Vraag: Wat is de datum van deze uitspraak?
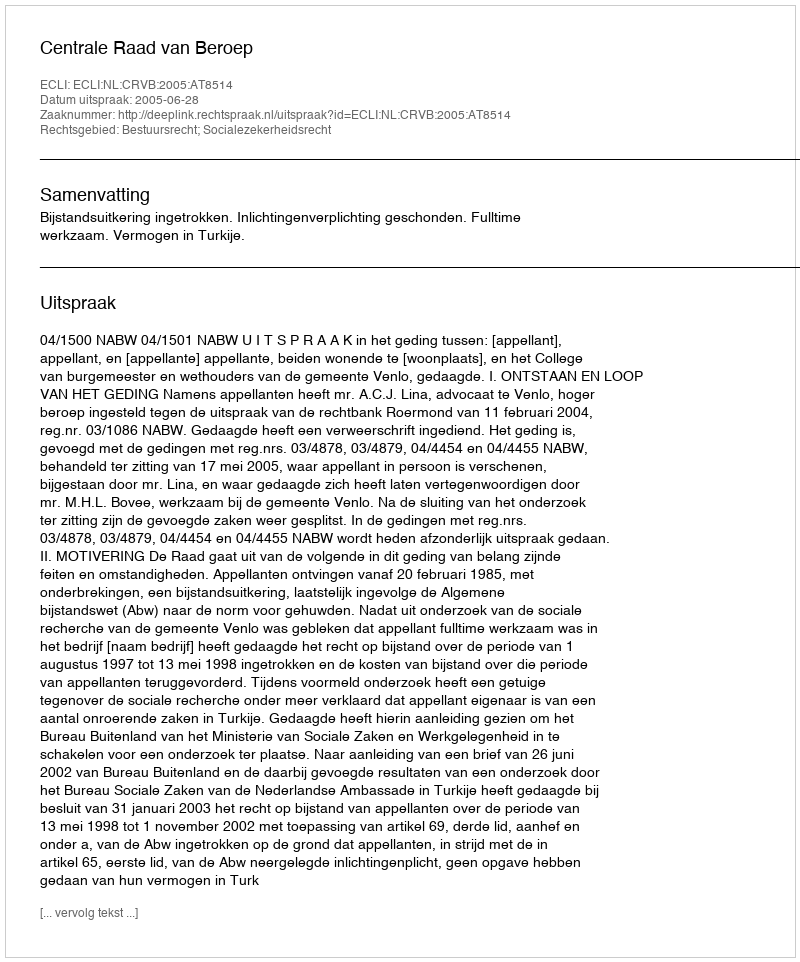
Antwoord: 2005-06-28